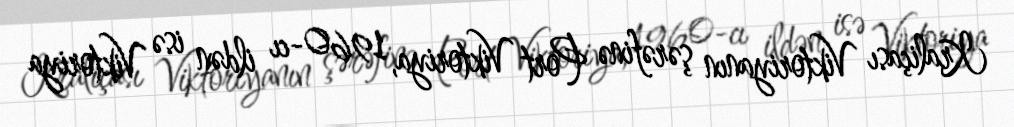
Kraliçası Viktoriyanın şərəfinə Port Viktoriya, 1960-cı ildən isə Viktoriya